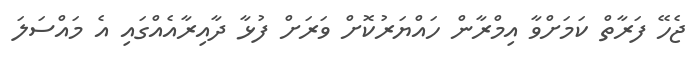
ޖެހޭ ފަރާތް ކަމަށްވާ އިމްރާން ހައްޔަރުކޮށް ވަރަށް ފުޅާ ދާއިރާއެއްގައި އެ މައްސަލަ